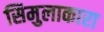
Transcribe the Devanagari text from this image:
सिमुलाकारा